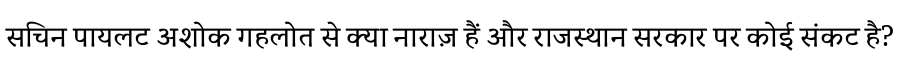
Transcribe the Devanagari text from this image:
सचिन पायलट अशोक गहलोत से क्या नाराज़ हैं और राजस्थान सरकार पर कोई संकट है?